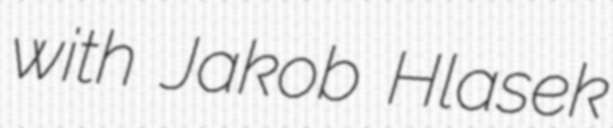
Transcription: with Jakob Hlasek